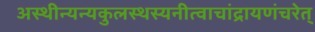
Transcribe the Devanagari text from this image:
अस्थीन्यन्यकुलस्थस्यनीत्वाचांद्रायणंचरेत्